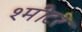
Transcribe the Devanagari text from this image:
श्मीटर